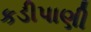
કડીપાણી